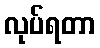
လုပ်ရတာ